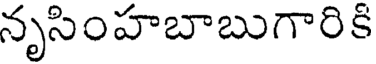
నృసింహబాబుగారికి